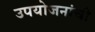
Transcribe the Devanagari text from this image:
उपयोजनांची